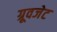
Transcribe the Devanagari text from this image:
ग्रूवजेट